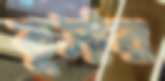
তুসার